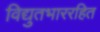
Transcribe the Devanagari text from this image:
विद्युतभाररहित